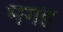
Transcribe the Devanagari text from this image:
मगह